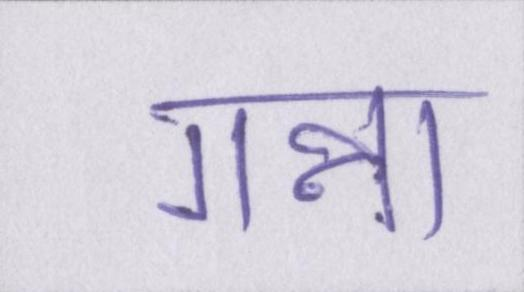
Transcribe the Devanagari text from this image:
गन्ना